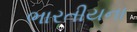
ભારતીયના